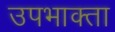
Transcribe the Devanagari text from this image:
उपभाक्ता